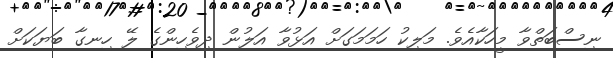
ނިސްބަތްވާ މީހަކާއެވެ. މަލިކު ހަމަމަގަށް އަޅުވާ އަލުން ދިވެހިންގެ ލޭ ހިނގާ ބަޔަކަށް